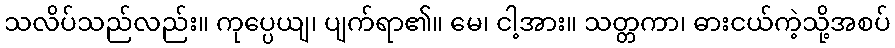
သလိပ်သည်လည်း။ ကုပ္ပေယျ၊ ပျက်ရာ၏။ မေ၊ ငါ့အား။ သတ္တကာ၊ ဓားငယ်ကဲ့သို့အစပ်